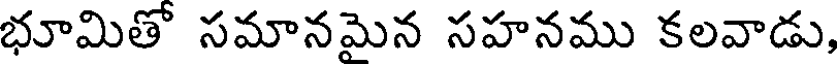
భూమితో సమానమైన సహనము కలవాడు,